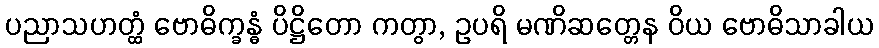
ပညာသဟတ္ထံ ဗောဓိက္ခန္ဓံ ပိဋ္ဌိတော ကတွာ, ဥပရိ မဏိဆတ္တေန ဝိယ ဗောဓိသာခါယ